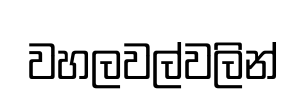
වහලවල්වලින්